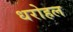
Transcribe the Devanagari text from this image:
धरोहल